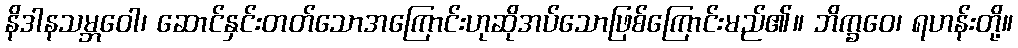
နိဒါနသမ္ဘဝေါ၊ ဆောင်နှင်းတတ်သောအကြောင်းဟုဆိုအပ်သောဖြစ်ကြောင်းမည်၏။ ဘိက္ခဝေ၊ ရဟန်းတို့။